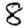
Digit: 8